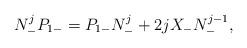
LaTeX: \begin{align*} N_-^jP_{1-}=P_{1-}N_-^j+2jX_-N_-^{j-1},\end{align*}